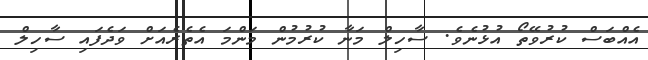
އެއްބަސް ކުރުވޭތޯ އުޅުނެވެ. ސާހިލް މަނާ ކުރުމުން މަންމަ އެތެރެއަށް ވަދެފައި ސާހިލް